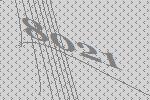
8021